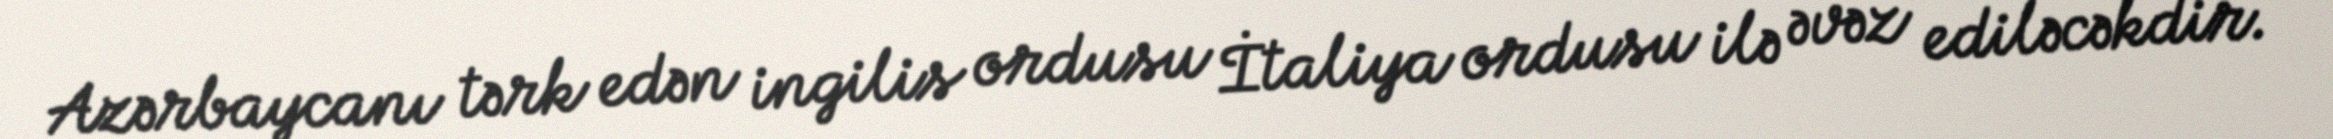
Azərbaycanı tərk edən ingilis ordusu İtaliya ordusu ilə əvəz ediləcəkdir.